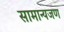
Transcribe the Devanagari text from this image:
सामान्यजण